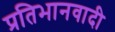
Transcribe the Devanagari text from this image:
प्रतिभानवादी